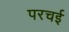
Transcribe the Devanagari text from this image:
परचई